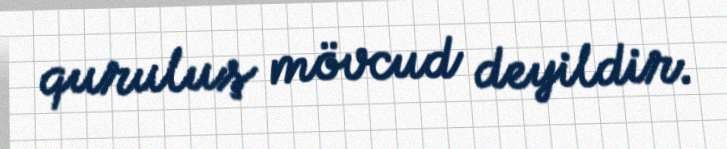
quruluş mövcud deyildir.